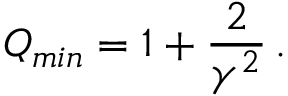
Q _ { m i n } = 1 + \frac { 2 } { \gamma ^ { 2 } } \, .